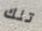
تلك